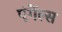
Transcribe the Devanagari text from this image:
एंगेंल्स